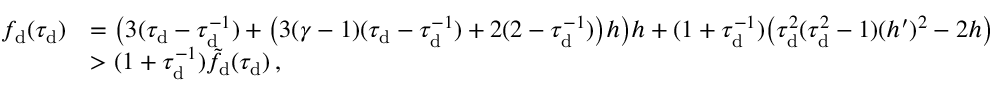
\begin{array} { r l } { f _ { \mathrm { d } } ( \tau _ { \mathrm { d } } ) } & { = \big ( 3 ( \tau _ { \mathrm { d } } - \tau _ { \mathrm { d } } ^ { - 1 } ) + \big ( 3 ( \gamma - 1 ) ( \tau _ { \mathrm { d } } - \tau _ { \mathrm { d } } ^ { - 1 } ) + 2 ( 2 - \tau _ { \mathrm { d } } ^ { - 1 } ) \big ) h \big ) h + ( 1 + \tau _ { \mathrm { d } } ^ { - 1 } ) \big ( \tau _ { \mathrm { d } } ^ { 2 } ( \tau _ { \mathrm { d } } ^ { 2 } - 1 ) ( h ^ { \prime } ) ^ { 2 } - 2 h \big ) } \\ & { > ( 1 + \tau _ { \mathrm { d } } ^ { - 1 } ) \tilde { f } _ { \mathrm { d } } ( \tau _ { \mathrm { d } } ) \, , } \end{array}